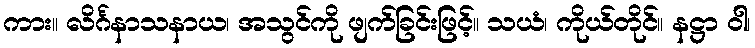
ကား။ လိင်္ဂနာသနာယ၊ အသွင်ကို ဖျက်ခြင်းဖြင့်။ သယံ၊ ကိုယ်တိုင်။ နဋ္ဌာ ဝါ၊